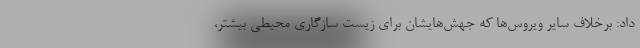
داد: برخلاف سایر ویروس‌ها که جهش‌هایشان برای زیست سازگاری محیطی بیشتر،